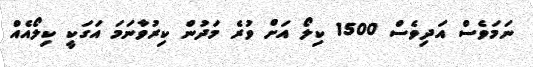
ނަމަވެސް އަދިވެސް 1500 ކިލޯ އަށް ވުރެ މަދުން ކިރުވާނަމަ އަގަކީ ކިލޯއެއް